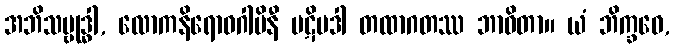
အဘိသမ္ဗုဒ္ဓါ, လောကနိရောဓဂါမိနီ ပဋိပဒါ တထာဂတဿ ဘာဝိတာ။ ယံ ဘိက္ခဝေ,